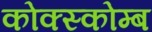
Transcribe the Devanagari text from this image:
कोक्स्कोम्ब